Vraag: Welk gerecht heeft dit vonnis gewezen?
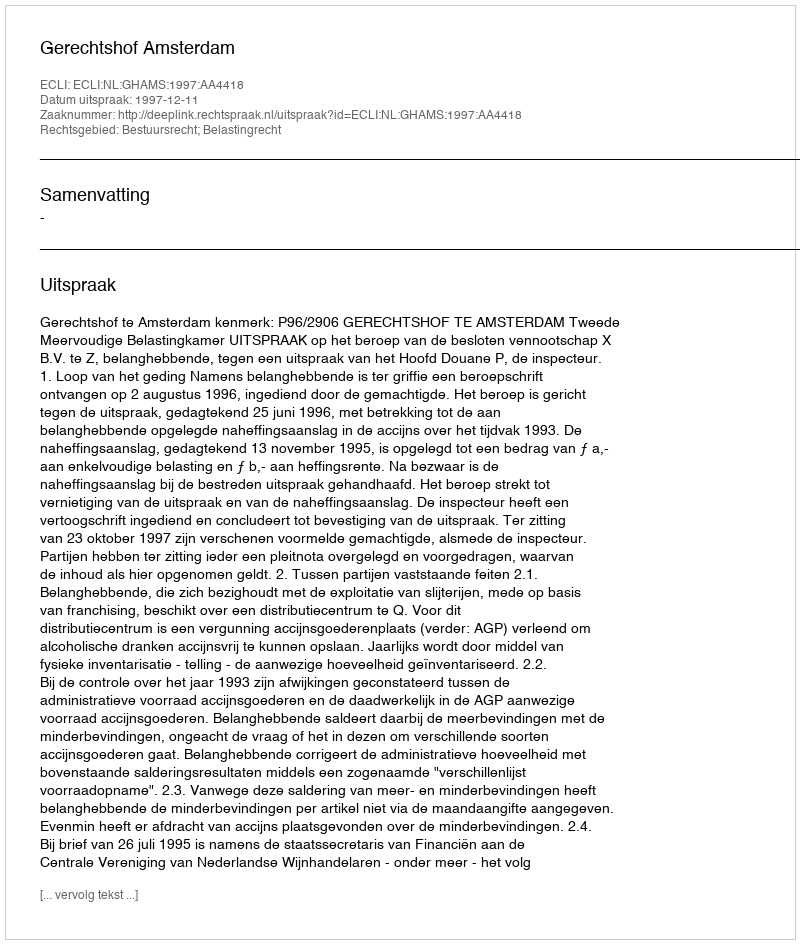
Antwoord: Gerechtshof Amsterdam